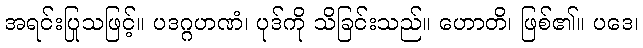
အရင်းပြုသဖြင့်။ ပဒဂ္ဂဟဏံ၊ ပုဒ်ကို သိခြင်းသည်။ ဟောတိ၊ ဖြစ်၏။ ပဒေ၊